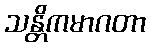
သန္တိကမာဂတာ